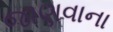
જાણવાના